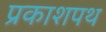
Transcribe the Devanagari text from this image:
प्रकाशपथ